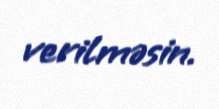
verilməsin.